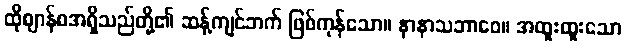
ထိုဈာန်စအရှိသည်တို့၏ ဆန့်ကျင်ဘက် ဖြစ်ကုန်သော။ နာနာသဘာဝေ။ အထူးထူးသော